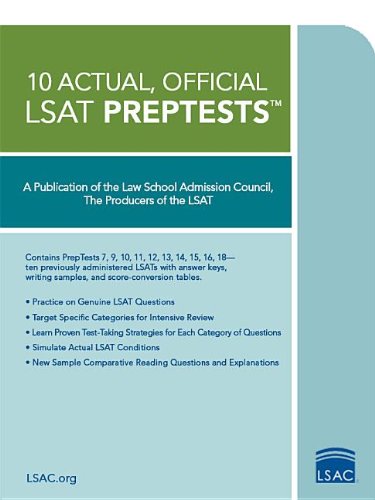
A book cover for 10 Actual, Official LSAT PrepTests; Law School Admission Council; Test Preparation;